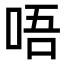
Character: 唔